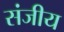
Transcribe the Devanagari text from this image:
संजीय